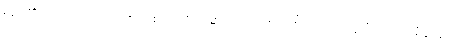
မည်၏။ ဧတံ၊ သည်။ သဗ္ဗဒုက္ခူပသမာရမ္မဏာယ၊ အလုံးစုံသော ဒုက္ခ၏ ငြိမ်းရာနိဗ္ဗာန်လျှင်